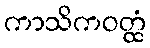
ကာသိကဝတ္ထံ